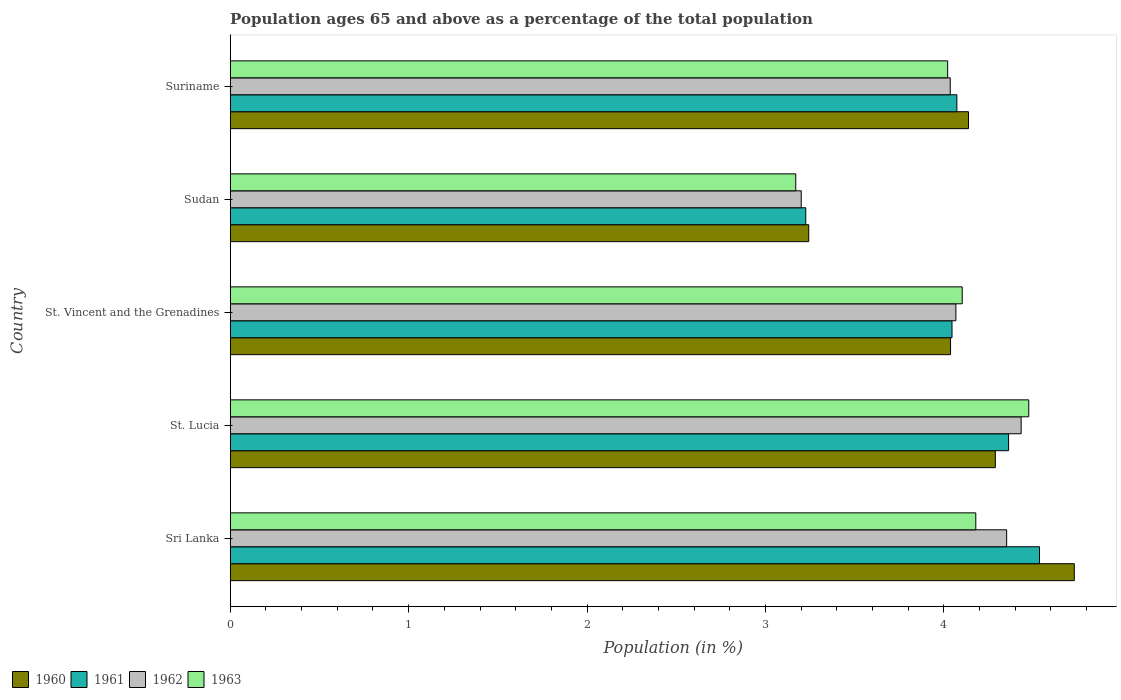
| Country | 1960 | 1961 | 1962 | 1963 |
 | --- | --- | --- | --- | --- |
 | Sri Lanka | 4.73 | 4.54 | 4.35 | 4.18 |
 | St. Lucia | 4.29 | 4.36 | 4.43 | 4.48 |
 | St. Vincent and the Grenadines | 4.04 | 4.05 | 4.07 | 4.1 |
 | Sudan | 3.24 | 3.23 | 3.2 | 3.17 |
 | Suriname | 4.14 | 4.07 | 4.04 | 4.02 |